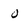
Character: 0